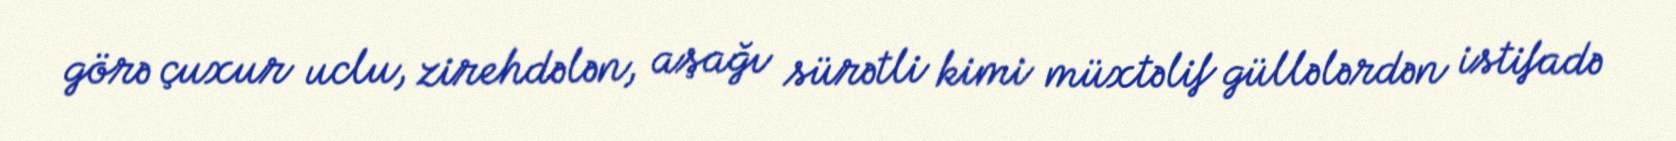
görə çuxur uclu, zirehdələn, aşağı sürətli kimi müxtəlif güllələrdən istifadə